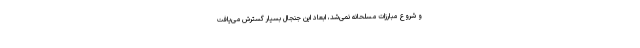
و شروع مبارزات مسلحانه نمی‌شد، ابعاد این جنجال بسیار گسترش می‌یافت